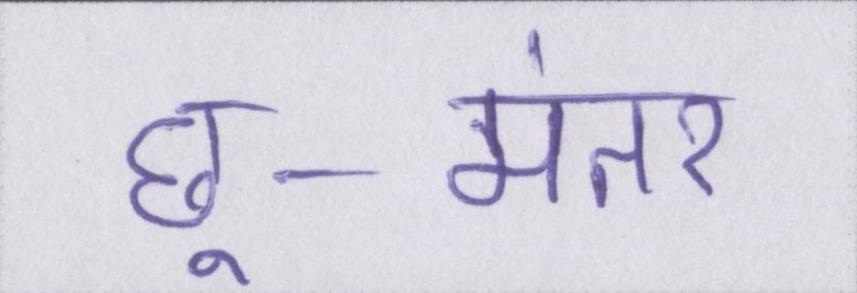
छू-मंतर